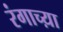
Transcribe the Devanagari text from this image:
रंगाच्य़ा